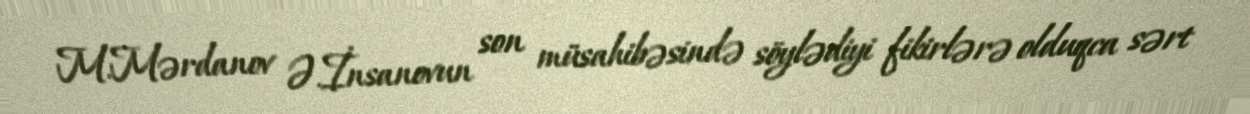
M.Mərdanov Ə.İnsanovun son müsahibəsində söylədiyi fikirlərə olduqca sərt